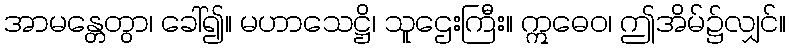
အာမန္တေတွာ၊ ခေါ်၍။ မဟာသေဋ္ဌိ၊ သူဌေးကြီး။ ဣဓေဝ၊ ဤအိမ်၌လျှင်။